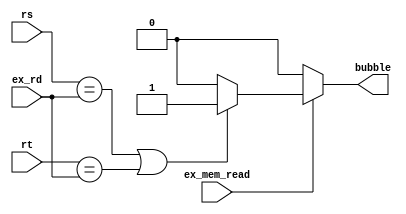
module bubbler(
    input wire[4:0] rs,
    input wire[4:0] rt,
    input wire[4:0] ex_rd,
    input wire ex_mem_read,
    output reg bubble
    );

    always @(*) begin
        // check for mem_read
        if (ex_mem_read == 1'b1) begin
            if ((rs == ex_rd) || (rt == ex_rd)) begin
                bubble <= 1;
            end else begin
                bubble <= 0;
            end
        end else begin
            bubble <= 0;
        end
    end
endmodule